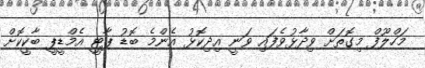
މަހްލޫފް މިގޮތަށް ވިދާޅުވެފައި ވަނީ އިދިކޮޅު އެންމެ ބޮޑު ޕާޓީ އެމްޑީޕީ ބާކީކޮށް